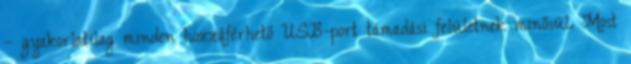
– gyakorlatilag minden hozzáférhető USB-port támadási felületnek minősül. Most